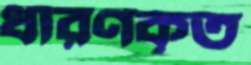
ধারণকৃত